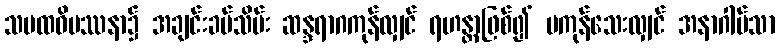
သမထဝိပဿနာ၌ အချင်းခပ်သိမ်း ဆန္ဒရာဂကုန်လျှင် ရဟန္တာဖြစ်၍ မကုန်သေးလျှင် အနာဂါမ်သာ